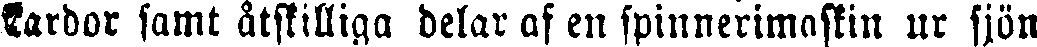
kardor samt åtskilliga delar af en spinnerimaskin ur sjön